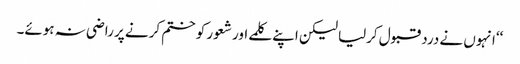
‘‘انہوں نے درد قبول کرلیا لیکن اپنے کلمے اور شعور کو ختم کرنے پر راضی نہ ہوئے۔